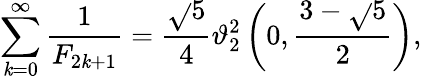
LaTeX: \sum_{\mathit{k}=0}^{\infty}{\frac{{1}}{{F_{2\mathit{k}+1}}}}={\frac{{\sqrt{}{{5}}}}{{4}}}\vartheta_{2}^{2}\left(0,{\frac{{3-{\sqrt{}{{5}}}}}{{2}}}\right),